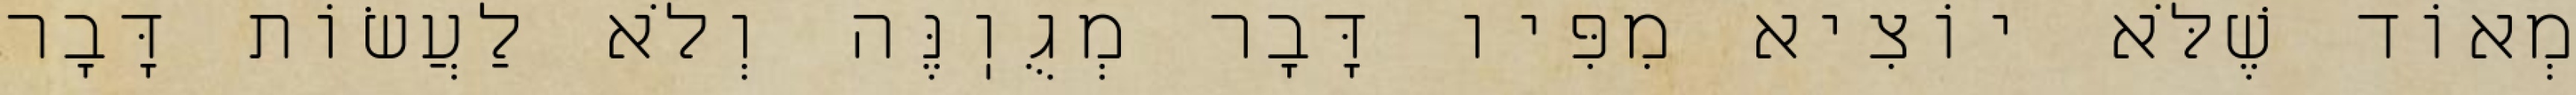
מְאוֹד שֶׁלֹּא יוֹצִיא מִפִּיו דָּבָר מְגֻוֽנֶּה וְלֹא לַעֲשׂוֹת דָּבָר